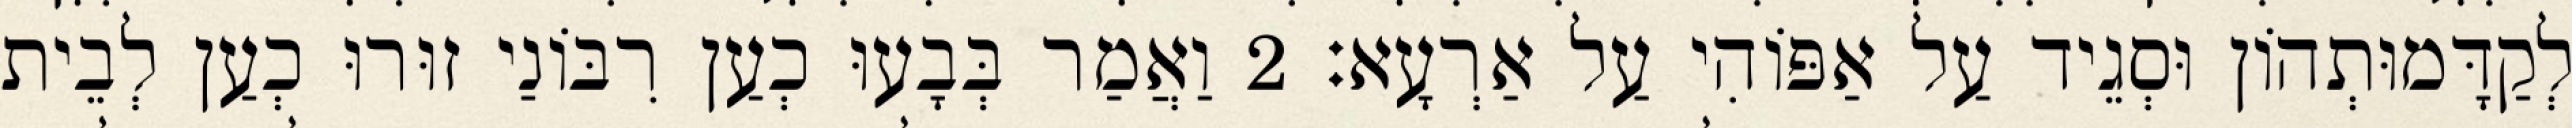
לְקַדָּמוּתְהוֹן וּסְגֵיד עַל אַפּוֹהִי עַל אַרְעָא׃ 2 וַאֲמַר בְּבָעוּ כְעַן רִבּוֹנַי זוּרוּ כְעַן לְבֵית